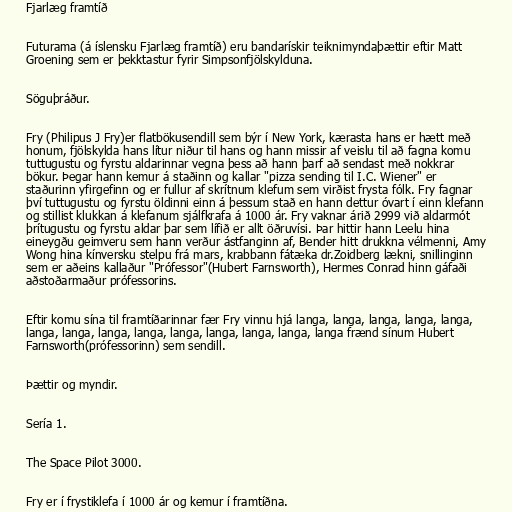
Fjarlæg framtíð

Futurama (á íslensku Fjarlæg framtíð) eru bandarískir teiknimyndaþættir eftir Matt
Groening sem er þekktastur fyrir Simpsonfjölskylduna.

Söguþráður.

Fry (Philipus J Fry)er flatbökusendill sem býr í New York, kærasta hans er hætt með
honum, fjölskylda hans lítur niður til hans og hann missir af veislu til að fagna komu
tuttugustu og fyrstu aldarinnar vegna þess að hann þarf að sendast með nokkrar
bökur. Þegar hann kemur á staðinn og kallar "pizza sending til I.C. Wiener" er
staðurinn yfirgefinn og er fullur af skrítnum klefum sem virðist frysta fólk. Fry fagnar
því tuttugustu og fyrstu öldinni einn á þessum stað en hann dettur óvart í einn klefann
og stillist klukkan á klefanum sjálfkrafa á 1000 ár. Fry vaknar árið 2999 við aldarmót
þrítugustu og fyrstu aldar þar sem lífið er allt öðruvísi. Þar hittir hann Leelu hina
eineygðu geimveru sem hann verður ástfanginn af, Bender hitt drukkna vélmenni, Amy
Wong hina kínversku stelpu frá mars, krabbann fátæka dr.Zoidberg lækni, snillinginn
sem er aðeins kallaður "Prófessor"(Hubert Farnsworth), Hermes Conrad hinn gáfaði
aðstoðarmaður prófessorins.

Eftir komu sína til framtíðarinnar fær Fry vinnu hjá langa, langa, langa, langa, langa,
langa, langa, langa, langa, langa, langa, langa, langa, langa frænd sínum Hubert
Farnsworth(prófessorinn) sem sendill.

Þættir og myndir.

Sería 1.

The Space Pilot 3000.

Fry er í frystiklefa í 1000 ár og kemur í framtíðna.